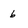
Character: 6